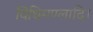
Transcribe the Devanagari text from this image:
विधिमण्लादि।